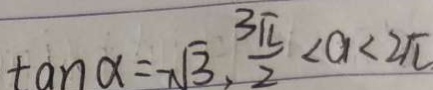
\tan \alpha = - \sqrt { 3 } , \frac { 3 \pi } { 2 } < a < 2 \pi